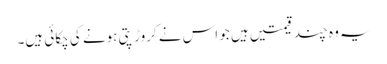
یہ وہ چند قیمتیں ہیں جو اس نے کروڑ پتی ہونے کی چکائی ہیں۔